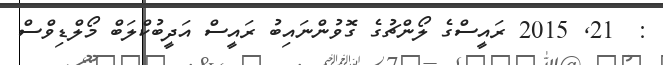
:  21